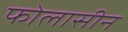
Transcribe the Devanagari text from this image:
फोलासीन